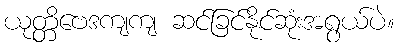
ယုတ္တိဗေဒကျကျ ဆင်ခြင်နိုင်ဆုံးအရွယ်ပဲ။